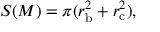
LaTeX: S ( M ) = \pi ( r _ { \mathrm { b } } ^ { 2 } + r _ { \mathrm { c } } ^ { 2 } ) ,